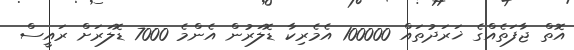
އޮތް ޖާފަތެއްގެ ޚަރަދުތައް 100000 އެމެރިކާ ޑޮލަރުން އެންމެ 7000 ޑޮލަރަށް ރައީސް